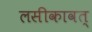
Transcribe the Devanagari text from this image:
लसीकावत्